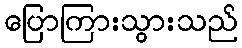
ပြောကြားသွားသည်